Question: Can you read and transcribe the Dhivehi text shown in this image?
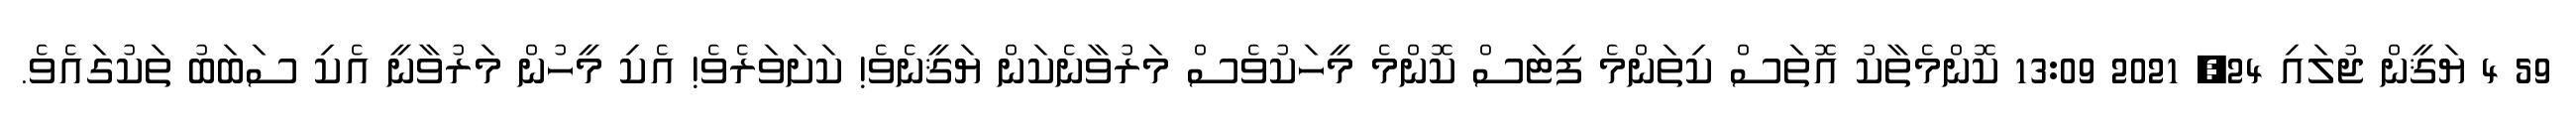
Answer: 59 4 ޔަޤީން ޖުލައި 24, 2021 13:09 ކޮންމެތާކު އޮތަސް ކިތަންމެ ފިޓަސް ކޮންމެ މީހަކުވެސް މަރުވާނެކަން ޔަޤީނެވެ! ކަށަވަރެވެ! އެކި މީހުން މަރުވާނީ އެކި ސަބަބު ތަކުގައެވެ.